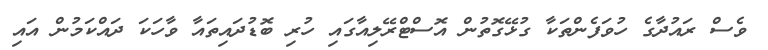
ވެސް ރައުދާގެ ހުވަފެންތަކާ ގުޅޭގޮތުން އޮސްޓްރޭލިއާގައި ހުރި ބޮޑުދައިތައާ ވާހަކަ ދައްކަމުން އައި